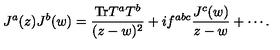
J ^ { a } ( z ) J ^ { b } ( w ) = \frac { \mathrm { T r } T ^ { a } T ^ { b } } { ( z - w ) ^ { 2 } } + i f ^ { a b c } \frac { J ^ { c } ( w ) } { z - w } + \cdots .